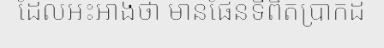
ដែលអះអាងថា មានផែនទីពិតប្រាកដ